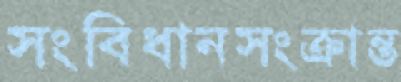
সংবিধানসংক্রান্ত